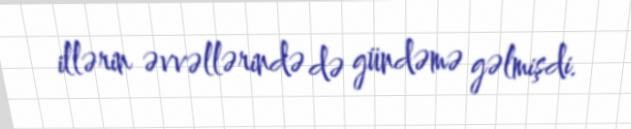
illərin əvvəllərində də gündəmə gəlmişdi.